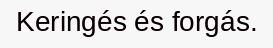
Keringés és forgás.